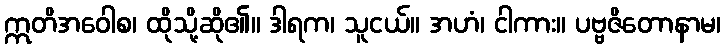
ဣတိအဝေါစ၊ ထိုသို့ဆို၏။ ဒါရက၊ သူငယ်။ အဟံ၊ ငါကား။ ပဗ္ဗဇိတောနာမ၊